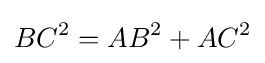
BC^{2}=AB^{2}+AC^{2}